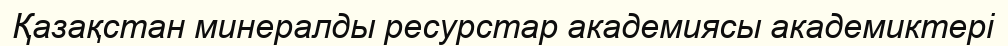
Қазақстан минералды ресурстар академиясы академиктері